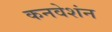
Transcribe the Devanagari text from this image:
कनवेशंन